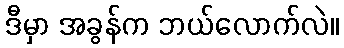
ဒီမှာ အခွန်က ဘယ်လောက်လဲ။